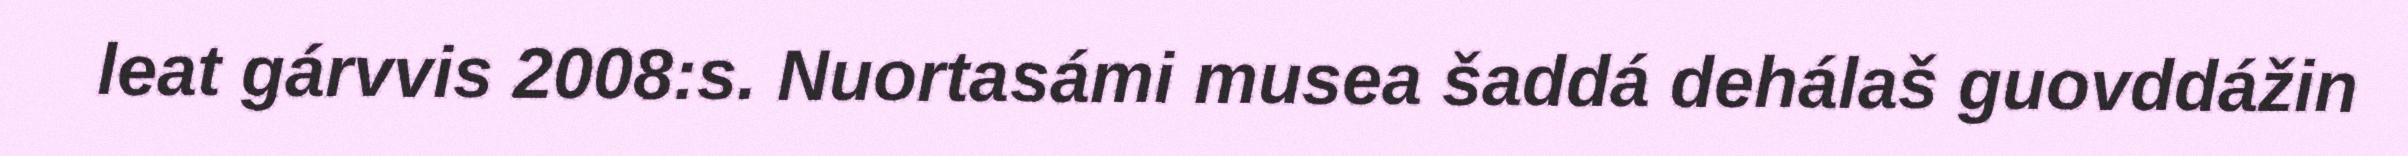
leat gárvvis 2008:s. Nuortasámi musea šaddá dehálaš guovddážin